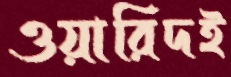
ওয়ারিদই